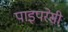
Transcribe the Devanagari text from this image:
पाइपरेसी